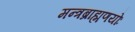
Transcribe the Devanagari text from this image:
मन्त्रब्राह्मणयोः